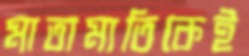
মাতামাতিকেই